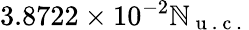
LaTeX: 3.8722\times10^{-2}\mathbb{N}_{\mathrm{{~u~.~c~.~}}}